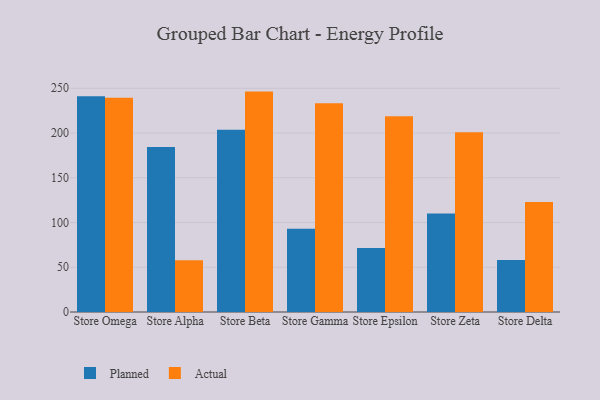
{"axis": {"x": "Store", "y": "Gross Profit (USD K)"}, "legend": ["Actual", "Planned"], "data": [{"x": "Store Omega", "y": 241.1, "type": "Planned"}, {"x": "Store Omega", "y": 239.4, "type": "Actual"}, {"x": "Store Alpha", "y": 184.3, "type": "Planned"}, {"x": "Store Alpha", "y": 57.7, "type": "Actual"}, {"x": "Store Beta", "y": 203.6, "type": "Planned"}, {"x": "Store Beta", "y": 246.3, "type": "Actual"}, {"x": "Store Gamma", "y": 93.1, "type": "Planned"}, {"x": "Store Gamma", "y": 233.3, "type": "Actual"}, {"x": "Store Epsilon", "y": 71.4, "type": "Planned"}, {"x": "Store Epsilon", "y": 218.7, "type": "Actual"}, {"x": "Store Zeta", "y": 110.1, "type": "Planned"}, {"x": "Store Zeta", "y": 200.8, "type": "Actual"}, {"x": "Store Delta", "y": 58.0, "type": "Planned"}, {"x": "Store Delta", "y": 122.8, "type": "Actual"}]}